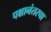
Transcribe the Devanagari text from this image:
पक्षानंतरचा